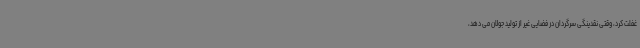
غفلت کرد، وقتی نقدینگی سرگردان در فضایی غیر از تولید جولان می دهد،